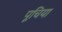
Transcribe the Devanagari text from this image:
पूचिया